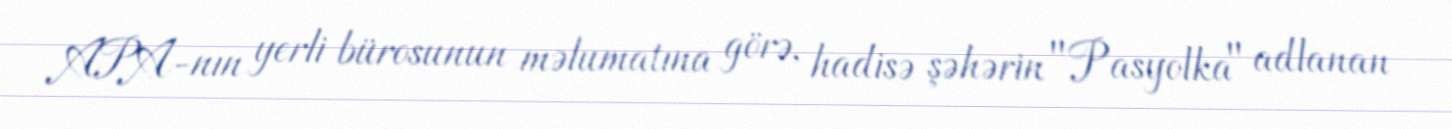
APA-nın yerli bürosunun məlumatına görə, hadisə şəhərin "Pasyolka" adlanan